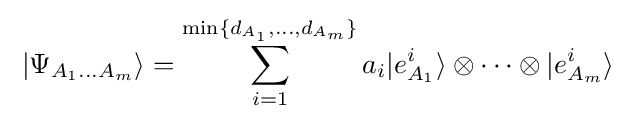
\;|\Psi _{A_{1}\ldots A_{m}}\rangle =\sum _{i=1}^{\min\{d_{A_{1}},\ldots ,d_{A_{m}}\}}a_{i}|e_{A_{1}}^{i}\rangle \otimes \cdots \otimes |e_{A_{m}}^{i}\rangle